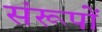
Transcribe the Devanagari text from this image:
संरूपों